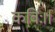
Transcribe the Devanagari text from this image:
कविः।।